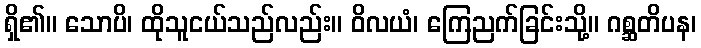
ရှိ၏။ သောပိ၊ ထိုသူငယ်သည်လည်း။ ဝိလယံ၊ ကြေညက်ခြင်းသို့။ ဂစ္ဆတိပန၊